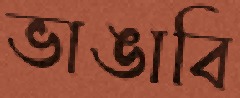
ভাঙাবি